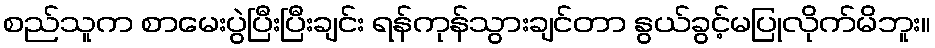
စည်သူက စာမေးပွဲပြီးပြီးချင်း ရန်ကုန်သွားချင်တာ နွယ်ခွင့်မပြုလိုက်မိဘူး။